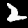
Digit: 2